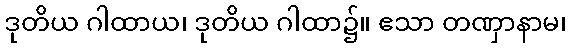
ဒုတိယ ဂါထာယ၊ ဒုတိယ ဂါထာ၌။ ဧသာ တဏှာနာမ၊